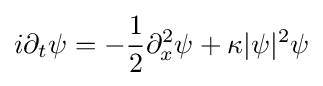
i\partial _{t}\psi =-{1 \over 2}\partial _{x}^{2}\psi +\kappa |\psi |^{2}\psi